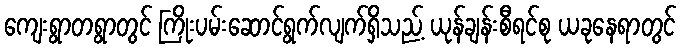
ကျေးရွာတရွာတွင် ကြိုးပမ်းဆောင်ရွက်လျက်ရှိသည့် ယုန်ချန်းစီရင်စု ယခုနေရာတွင်